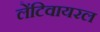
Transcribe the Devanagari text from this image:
लेंटिवायरल